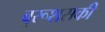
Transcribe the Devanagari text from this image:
बुरूशसकी